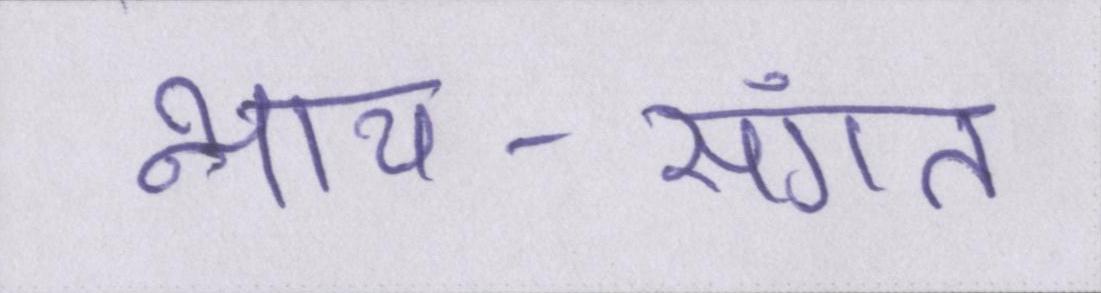
न्याय-संगत